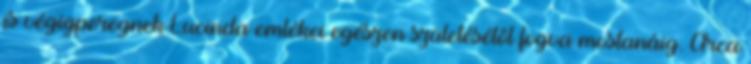
is végigperegnek Lucinda emlékei egészen születésétől fogva mostanáig. Arca